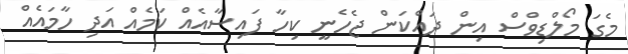
މެގަ މޯލްޑިވްސް އިން ދައްކަން ޖެހެނީ ކިހާ ފައިސާއެއް ކަމެއް އަދި ހާމައެއް